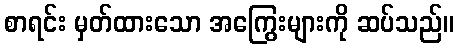
စာရင်း မှတ်ထားသော အကြွေးများကို ဆပ်သည်။